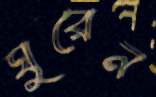
ঘুরেন